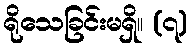
ရိုသေခြင်းမရှိ။ (၇)